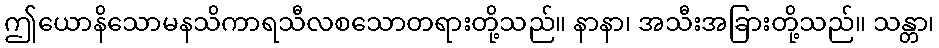
ဤယောနိသောမနသိကာရသီလစသောတရားတို့သည်။ နာနာ၊ အသီးအခြားတို့သည်။ သန္တာ၊